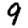
Digit: 9